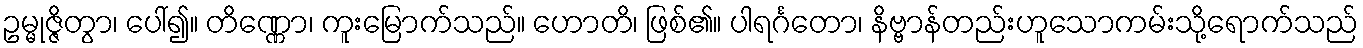
ဥမ္မုဇ္ဇိတွာ၊ ပေါ်၍။ တိဏ္ဏော၊ ကူးမြောက်သည်။ ဟောတိ၊ ဖြစ်၏။ ပါရင်္ဂတော၊ နိဗ္ဗာန်တည်းဟူသောကမ်းသို့ရောက်သည်